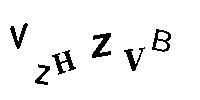
VZHZVB